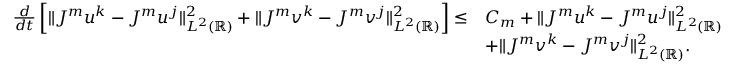
\begin{array} { r l } { \frac { d } { d t } \left[ \| J ^ { m } u ^ { k } - J ^ { m } u ^ { j } \| _ { L ^ { 2 } ( \mathbb { R } ) } ^ { 2 } + \| J ^ { m } v ^ { k } - J ^ { m } v ^ { j } \| _ { L ^ { 2 } ( \mathbb { R } ) } ^ { 2 } \right] \leq } & { C _ { m } + \| J ^ { m } u ^ { k } - J ^ { m } u ^ { j } \| _ { L ^ { 2 } ( \mathbb { R } ) } ^ { 2 } } \\ & { + \| J ^ { m } v ^ { k } - J ^ { m } v ^ { j } \| _ { L ^ { 2 } ( \mathbb { R } ) } ^ { 2 } . } \end{array}